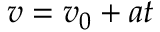
v = v _ { 0 } + a t